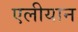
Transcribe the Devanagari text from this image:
एलीयान